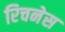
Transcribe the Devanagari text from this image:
रिचनेस